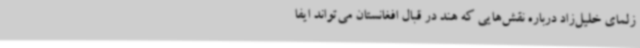
زلمای خلیل‌زاد درباره نقش‌هایی که هند در قبال افغانستان می‌تواند ایفا